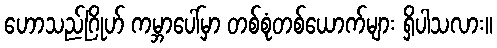
ဟောသည်ဂြိုဟ် ကမ္ဘာပေါ်မှာ တစ်စုံတစ်ယောက်များ ရှိပါသလား။